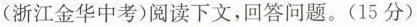
(浙江金华中考)阅读下文，回答问题。(15分)